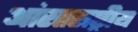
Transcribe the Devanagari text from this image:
आंरतराष्ट्रीय